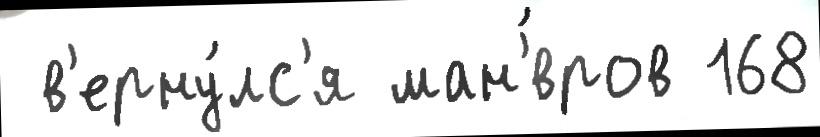
 в'ерну́лс'я ман'́вров 168